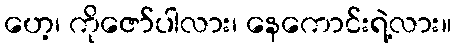
ဟေ့၊ ကိုဇော်ပါလား၊ နေကောင်းရဲ့လား။